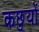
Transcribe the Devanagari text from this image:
कछुयों